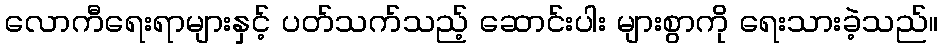
လောကီရေးရာများနှင့် ပတ်သက်သည့် ဆောင်းပါး များစွာကို ရေးသားခဲ့သည်။